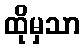
ထိုမှသာ